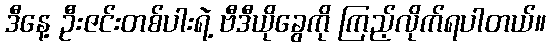
ဒီနေ့ ဦးဇင်းတစ်ပါးရဲ့ ဗီဒီယိုခွေကို ကြည့်လိုက်ရပါတယ်။